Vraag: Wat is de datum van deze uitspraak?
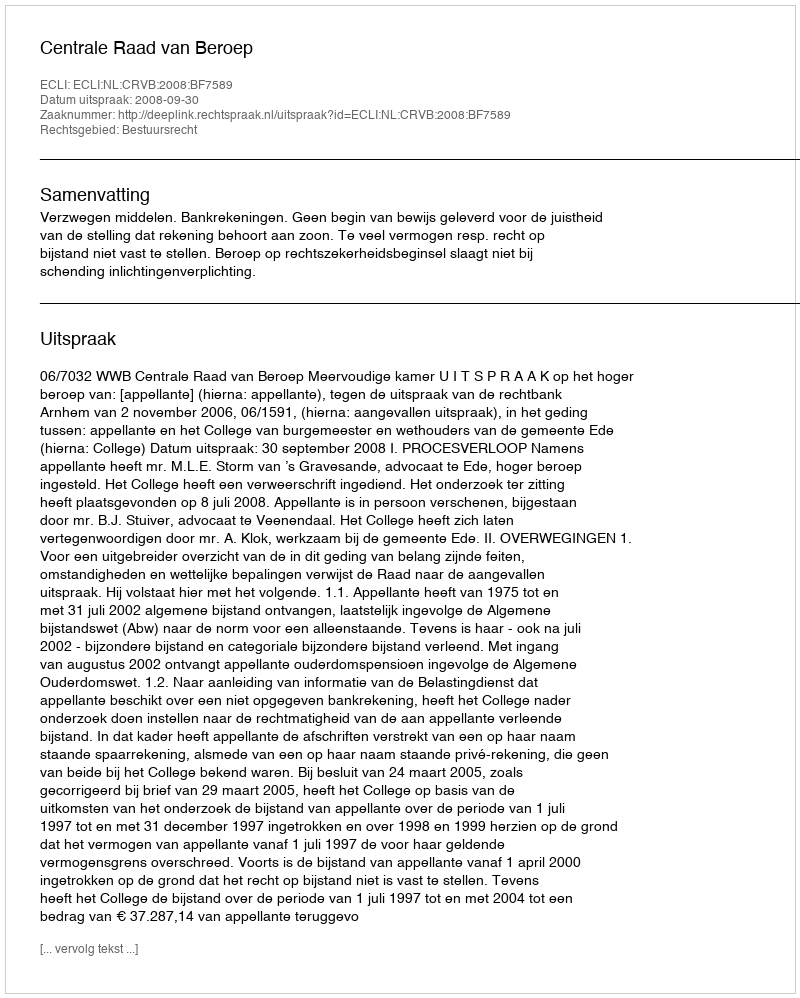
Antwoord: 2008-09-30